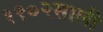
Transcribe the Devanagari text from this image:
१९०२साली